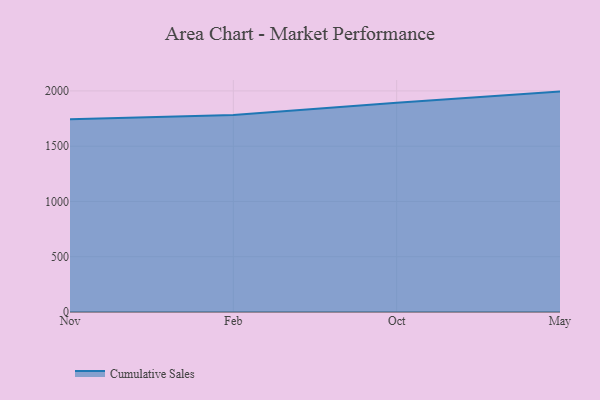
{"axis": {"x": "Month", "y": "Active Users"}, "legend": ["Cumulative Sales"], "data": [{"x": "Nov", "y": 1742.7, "type": "Cumulative Sales"}, {"x": "Feb", "y": 1782.5, "type": "Cumulative Sales"}, {"x": "Oct", "y": 1893.5, "type": "Cumulative Sales"}, {"x": "May", "y": 1993.8, "type": "Cumulative Sales"}]}